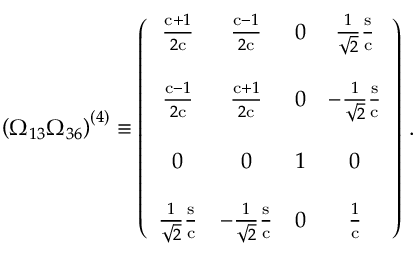
\left( \Omega _ { 1 3 } \Omega _ { 3 6 } \right) ^ { ( 4 ) } \equiv \left( \begin{array} { c c c c } { { \frac { \mathrm { c } + 1 } { 2 \mathrm { c } } } } & { { \frac { \mathrm { c } - 1 } { 2 \mathrm { c } } } } & { { 0 } } & { { \frac { 1 } { \sqrt { 2 } } \frac { \mathrm { s } } { \mathrm { c } } } } \\ { { } } & { { } } & { { } } & { { } } \\ { { \frac { \mathrm { c } - 1 } { 2 \mathrm { c } } } } & { { \frac { \mathrm { c } + 1 } { 2 \mathrm { c } } } } & { { 0 } } & { { - \frac { 1 } { \sqrt { 2 } } \frac { \mathrm { s } } { \mathrm { c } } } } \\ { { } } & { { } } & { { } } & { { } } \\ { { 0 } } & { { 0 } } & { { 1 } } & { { 0 } } \\ { { } } & { { } } & { { } } & { { } } \\ { { \frac { 1 } { \sqrt { 2 } } \frac { \mathrm { s } } { \mathrm { c } } } } & { { - \frac { 1 } { \sqrt { 2 } } \frac { \mathrm { s } } { \mathrm { c } } } } & { { 0 } } & { { \frac { 1 } { \mathrm { c } } } } \end{array} \right) \, .